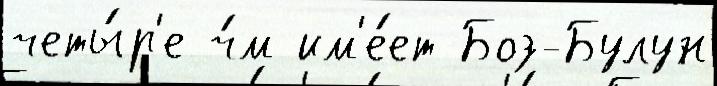
четы́р'е ч́м им'е́ет Боз-Булун